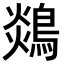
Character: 𪂈